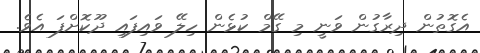
އެގޮތުން ދިރާގުން ވަނީ މި ގޭމް ކުޅެން ހިލޭ ވައިފައި ދޫކޮށްފަ އެވެ.